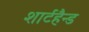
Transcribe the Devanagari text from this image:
शार्टहैन्ड